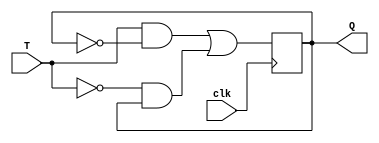
module TFF_D(T, clk, Q);
input T, clk;
output reg Q;

always@(posedge clk)
Q<= (T&(~Q))|((~T)&Q);

endmodule